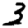
Digit: 3